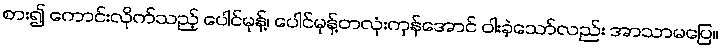
စား၍ ကောင်းလိုက်သည့် ပေါင်မုန့်၊ ပေါင်မုန့်တလုံးကုန်အောင် ဝါးခဲ့သော်လည်း အာသာမပြေ။